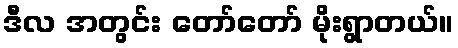
ဒီလ အတွင်း တော်တော် မိုးရွာတယ်။